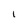
Character: I